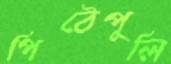
পিঠেপুলি